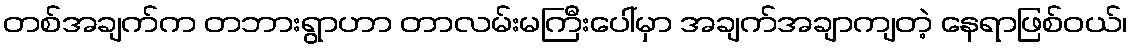
တစ်အချက်က တဘားရွာဟာ တာလမ်းမကြီးပေါ်မှာ အချက်အချာကျတဲ့ နေရာဖြစ်ဝယ်၊